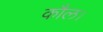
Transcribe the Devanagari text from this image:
कौल।